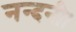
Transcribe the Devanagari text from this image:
नन्दनी।